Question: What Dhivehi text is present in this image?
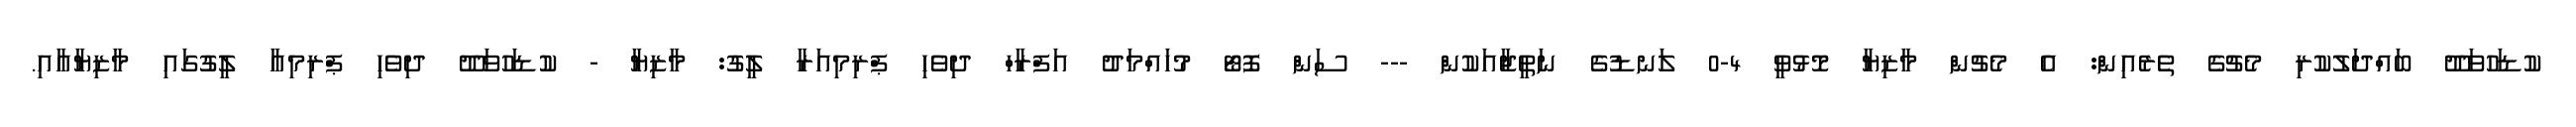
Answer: ކުޑަހުވަދޫ ބައްދަލުކުރި މެޗުގެ ތެރެއިން: އެ މެޗުން މާޒިޔާ މޮޅުވީ 4-0 ލަނޑުގެ ނަތީޖާއަކުން --- ސަން ފޮޓޯ މުހައްމަދު އަފްރާހް ދިވެހި ޕްރިމިއަރާ ލީގު: މާޒިޔާ - ކުޑަހުވަދޫ ދިވެހި ޕްރިމިއާ ލީގުގައި މާޒިޔާއާއި.